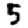
Digit: 5